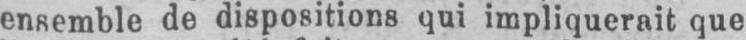
ensemble de dispositions qui impliquerait que